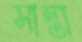
সান্তা